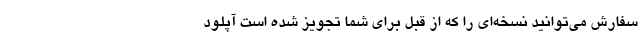
سفارش می‌توانید نسخه‌ای را که از قبل برای شما تجویز شده است آپلود